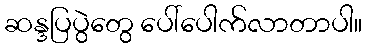
ဆန္ဒပြပွဲတွေ ပေါ်ပေါက်လာတာပါ။